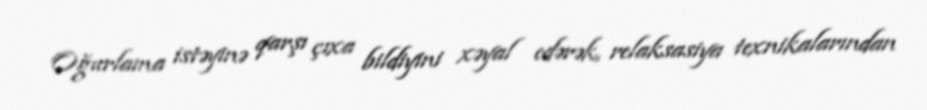
Oğurlama istəyinə qarşı çıxa bildiyini xəyal edərək, relaksasiya texnikalarından